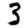
Digit: 3